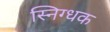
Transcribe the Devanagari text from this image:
स्निग्धक